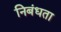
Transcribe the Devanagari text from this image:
निबंधता